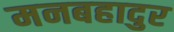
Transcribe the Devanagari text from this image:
मनबहादुर